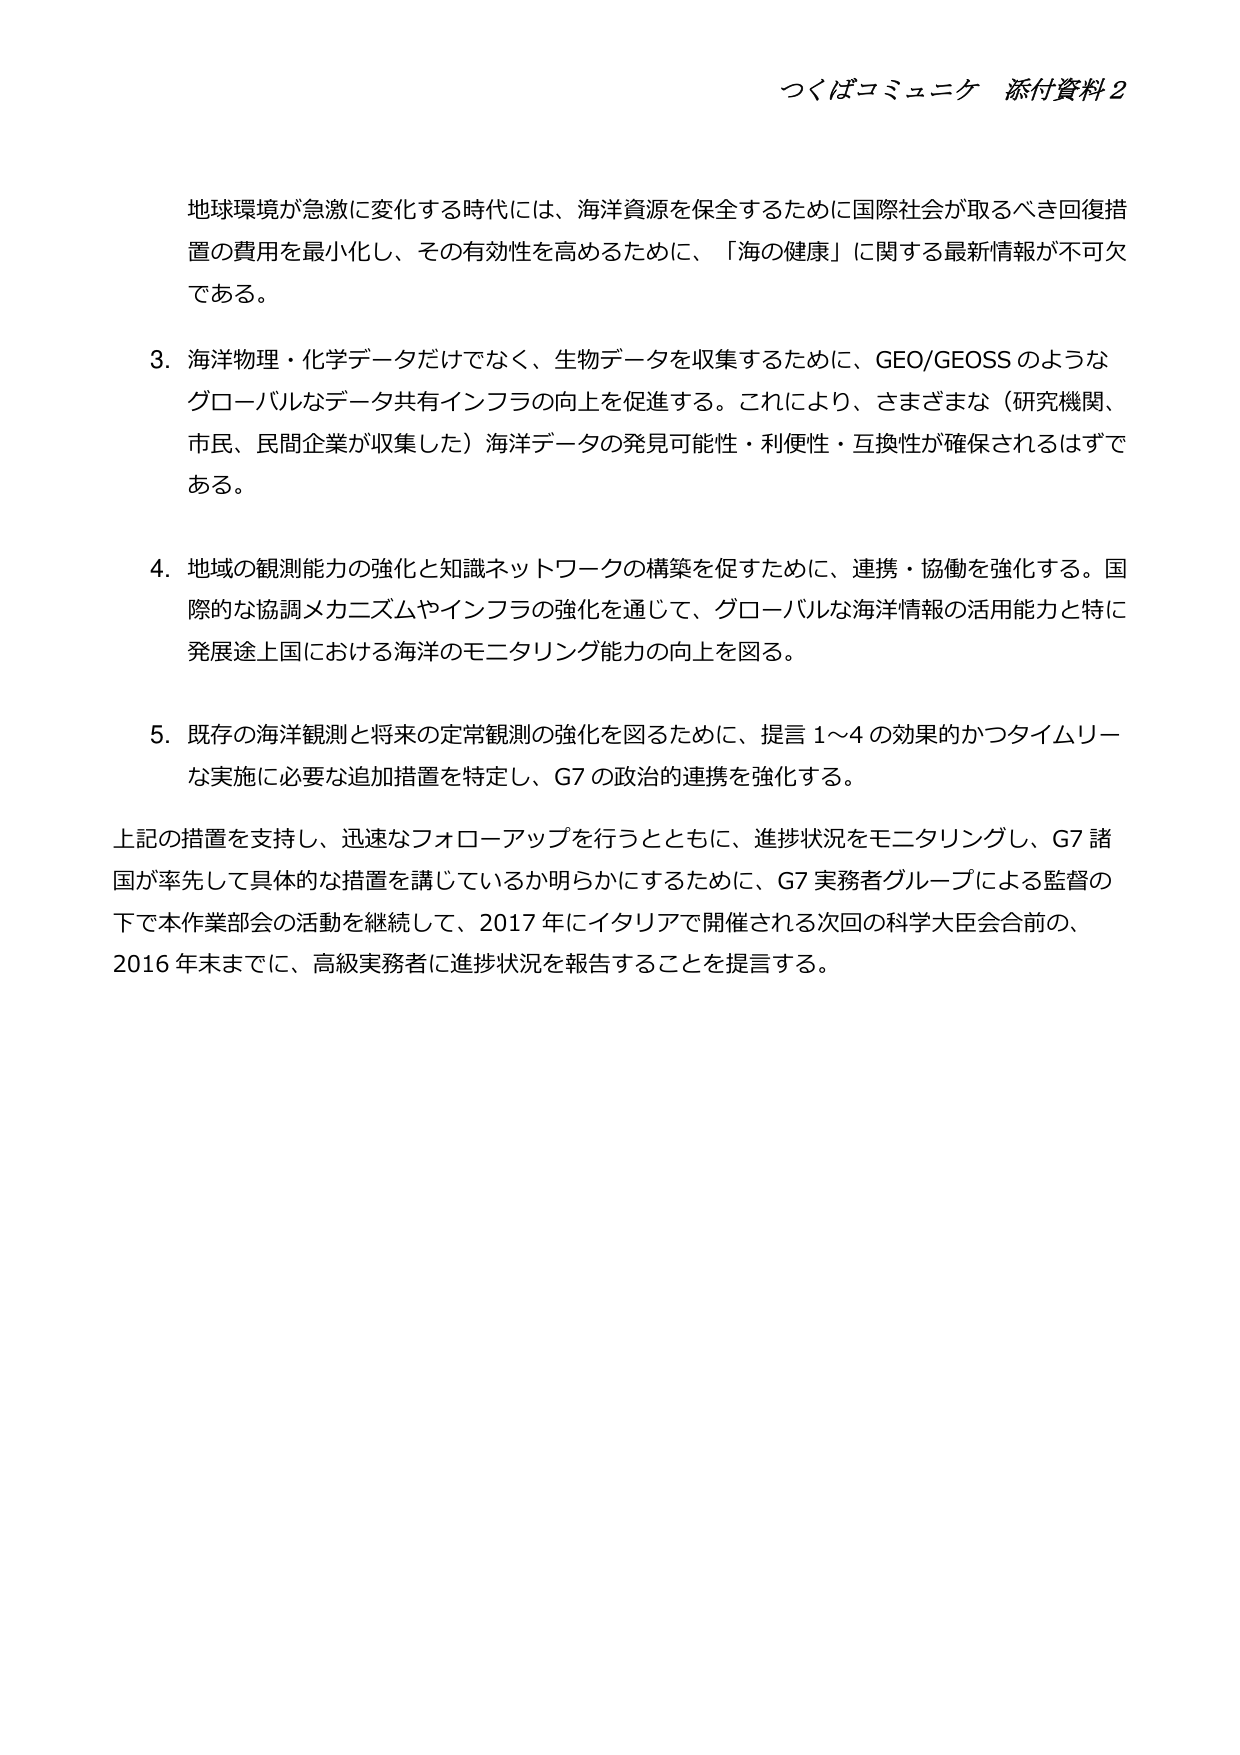
つくばコミュニケ 添付資料2

地球環境が急激に変化する時代には、海洋資源を保全するために国際社会が取るべき回復措置の費用を最小化し、その有効性を高めるために、「海の健康」に関する最新情報が不可欠である。

3. 海洋物理・化学データだけでなく、生物データを収集するために、GEO/GEOS のようなグローバルなデータ共有インフラの向上を促進する。これにより、さまざまな（研究機関、市民、民間企業が収集した）海洋データの発見可能性・利便性・互換性が確保されるはずである。

4. 地域の観測能力の強化と知識ネットワークの構築を促すために、連携・協働を強化する。国際的な協調メカニズムやインフラの強化を通じて、グローバルな海洋情報の活用能力と特に発展途上国における海洋のモニタリング能力の向上を図る。

5. 既存の海洋観測と将来の定常観測の強化を図るために、提言1～4の効果的かつタイムリーな実施に必要な追加措置を特定し、G7の政治的連携を強化する。

上記の措置を支持し、迅速なフォローアップを行うとともに、進捗状況をモニタリングし、G7諸国が率先して具体的な措置を講じているか明らかにするために、G7実務者グループによる監督の下で本作業部会の活動を継続して、2017年にイタリアで開催される次回の科学大臣会合前の、2016年末までに、高級実務者に進捗状況を報告することを提言する。